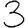
Digit: 3